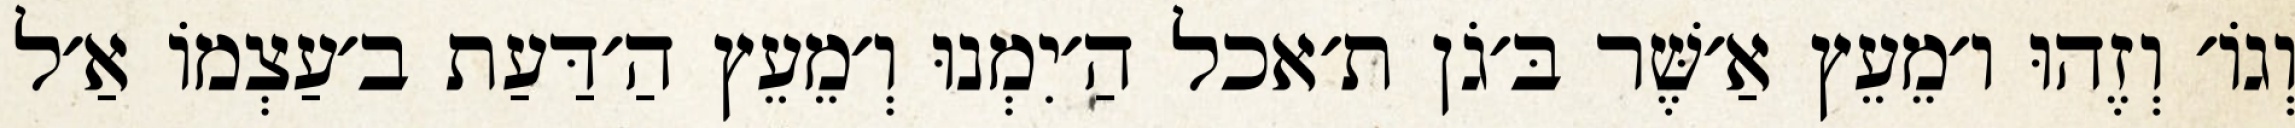
וְגוֹ׳ וְזֶהוּ ו׳מֵעֵץ אַ׳שֶּׁר בּ׳גֹן ת׳אכל הַ׳יִמְנוּ וְ׳מֵעֵץ הַ׳דַּעַת ב׳עַצְמוֹ אַ׳ל